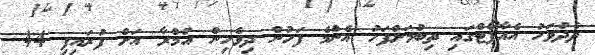
ދެދުވަހު އެއާޕޯޓްގައި ތިބުމަށްފަހު އެންމެ ފަހުން ދިވެހިން އުމްރާ އަށް ފުރައިފި 44